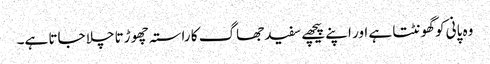
وہ پانی کو گھونٹتا ہے اور اپنے پیچھے سفید جھاگ کا راستہ چھو ڑتا چلا جاتا ہے۔